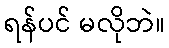
ရန်ပင် မလိုဘဲ။